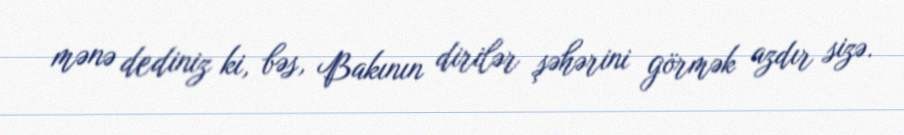
mənə dediniz ki, bəs, Bakının dirilər şəhərini görmək azdır sizə.